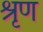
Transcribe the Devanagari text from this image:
श्रृण